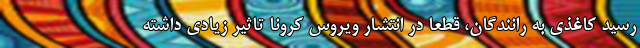
رسید کاغذی به رانندگان، قطعا در انتشار ویروس کرونا تاثیر زیادی داشته